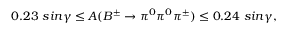
0 . 2 3 ~ s i n \gamma \leq A ( B ^ { \pm } \to \pi ^ { 0 } \pi ^ { 0 } \pi ^ { \pm } ) \leq 0 . 2 4 ~ s i n \gamma ,